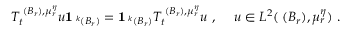
T _ { t } ^ { { \mathbf \Upsilon } ( B _ { r } ) , { \mu } _ { r } ^ { \eta } } u \mathbf 1 _ { { \mathbf \Upsilon } ^ { k } ( B _ { r } ) } = \mathbf 1 _ { { \mathbf \Upsilon } ^ { k } ( B _ { r } ) } T _ { t } ^ { { \mathbf \Upsilon } ( B _ { r } ) , { \mu } _ { r } ^ { \eta } } u \, \, \mathrm { , } \; \, \quad u \in L ^ { 2 } ( { \mathbf \Upsilon } ( B _ { r } ) , { \mu } _ { r } ^ { \eta } ) \, \, \mathrm { . }